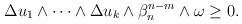
\begin{align*}\begin{aligned}\Delta u_1\wedge\dots\wedge\Delta u_k\wedge\beta_n^{n-m}\wedge\omega\geq 0.\end{aligned}\end{align*}